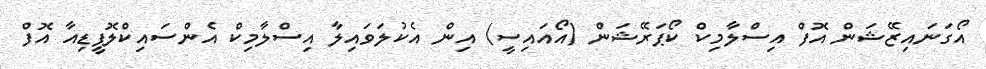
އޯގަނައިޒޭޝަން އޮފް އިސްލާމިކް ކޯޕަރޭޝަން (އޯއައިސީ) އިން އެކުލަވައިލާ އިސްލާމިކް އެންސައިކްލޮޕީޑިއާ އޮފް